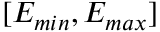
[ E _ { m i n } , E _ { m a x } ]